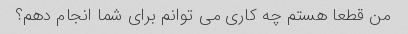
من قطعا هستم چه کاری می توانم برای شما انجام دهم؟